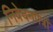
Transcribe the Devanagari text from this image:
निवेदनपत्रों